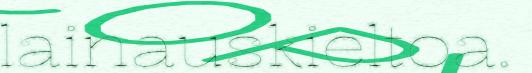
lainauskieltoa.